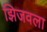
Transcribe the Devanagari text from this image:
झिजवला